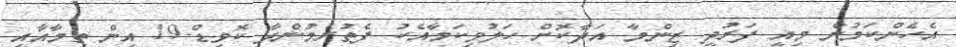
އެހެންކަމުން މިއީ ފަރުދީ ޒިންމާ އަދާކޮށް ހަލުވިކަމާއެކު ފެތުރެމުންދާ ކޮވިޑް-19 އިން ތިމާއާއި